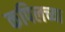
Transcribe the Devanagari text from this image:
कपिलच्या